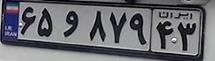
۶۵و۸۷۹۴۳